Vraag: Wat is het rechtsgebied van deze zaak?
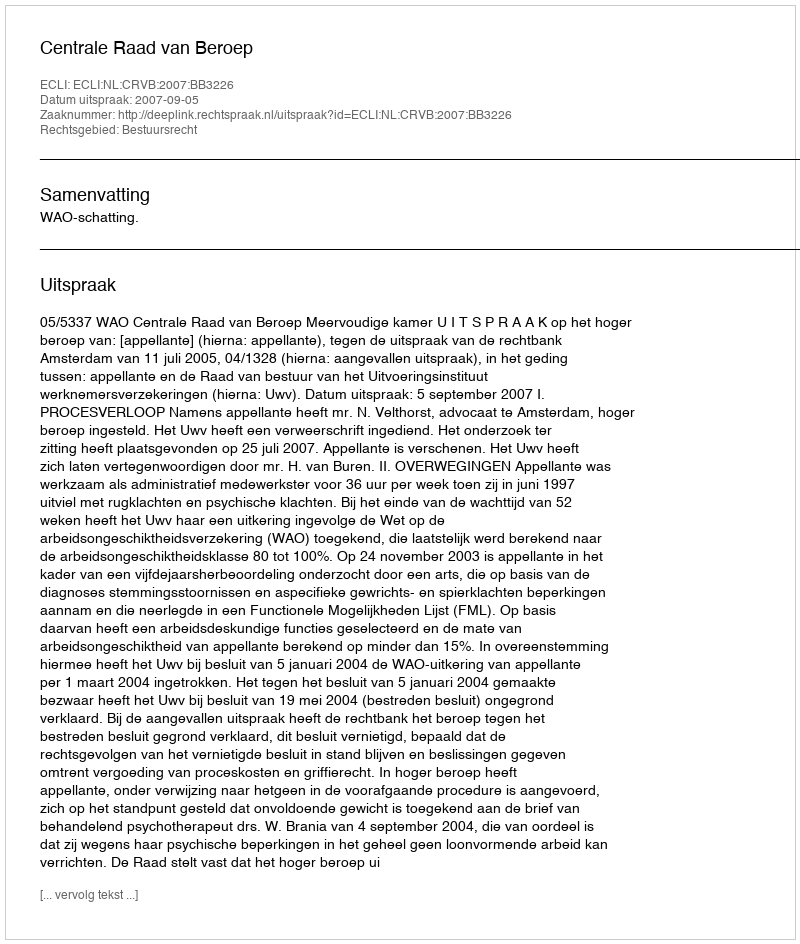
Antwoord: Bestuursrecht